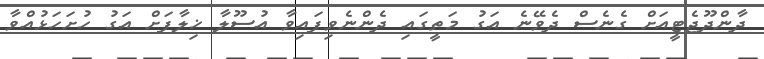
ދާންދޫޖެޓީއަށް ގެނެސް ދެވޭނެ އަގު މަތީގައި ދެންނެވިފައިވާ އުސޫލާ ޚިލާފަށް އަގު ހުށަހަޅުއްވާ